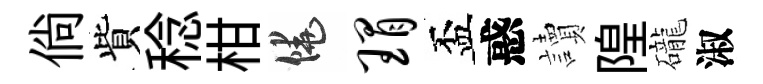
倘貲稔柑饒瑁盃惑讀隍礲淑